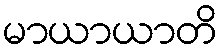
မာယာယာတိ